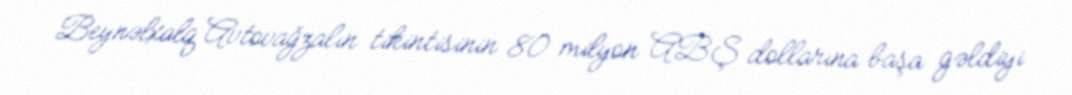
Beynəlxalq Avtovağzalın tikintisinin 80 milyon ABŞ dollarına başa gəldiyi